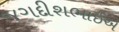
જગદીશભાઈએ